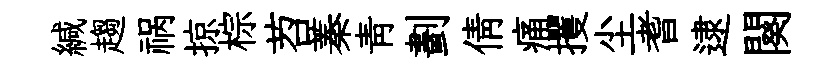
緘趨祸掠棕苕蓁靑劃倩痛攫尘耆逮闋